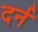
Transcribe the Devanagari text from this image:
दर्न